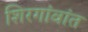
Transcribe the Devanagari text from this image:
शिरगांवांत